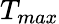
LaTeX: T_{max}